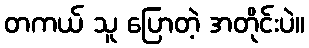
တကယ် သူ ပြောတဲ့ အတိုင်းပဲ။